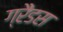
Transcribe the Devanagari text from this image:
ग्रैंडस